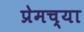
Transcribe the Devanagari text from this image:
प्रेमच्या